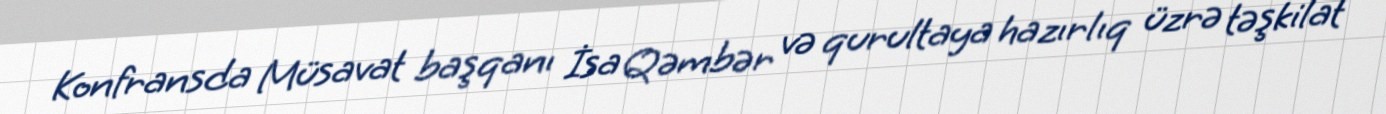
Konfransda Müsavat başqanı İsa Qəmbər və qurultaya hazırlıq üzrə təşkilat